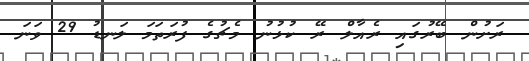
ރަށުން ބޭރުގައި ރެއާލް ރޭ ކުޅުނު މެޗުގެ ފުރަތަމަ ލަނޑު 29 ވަނަ